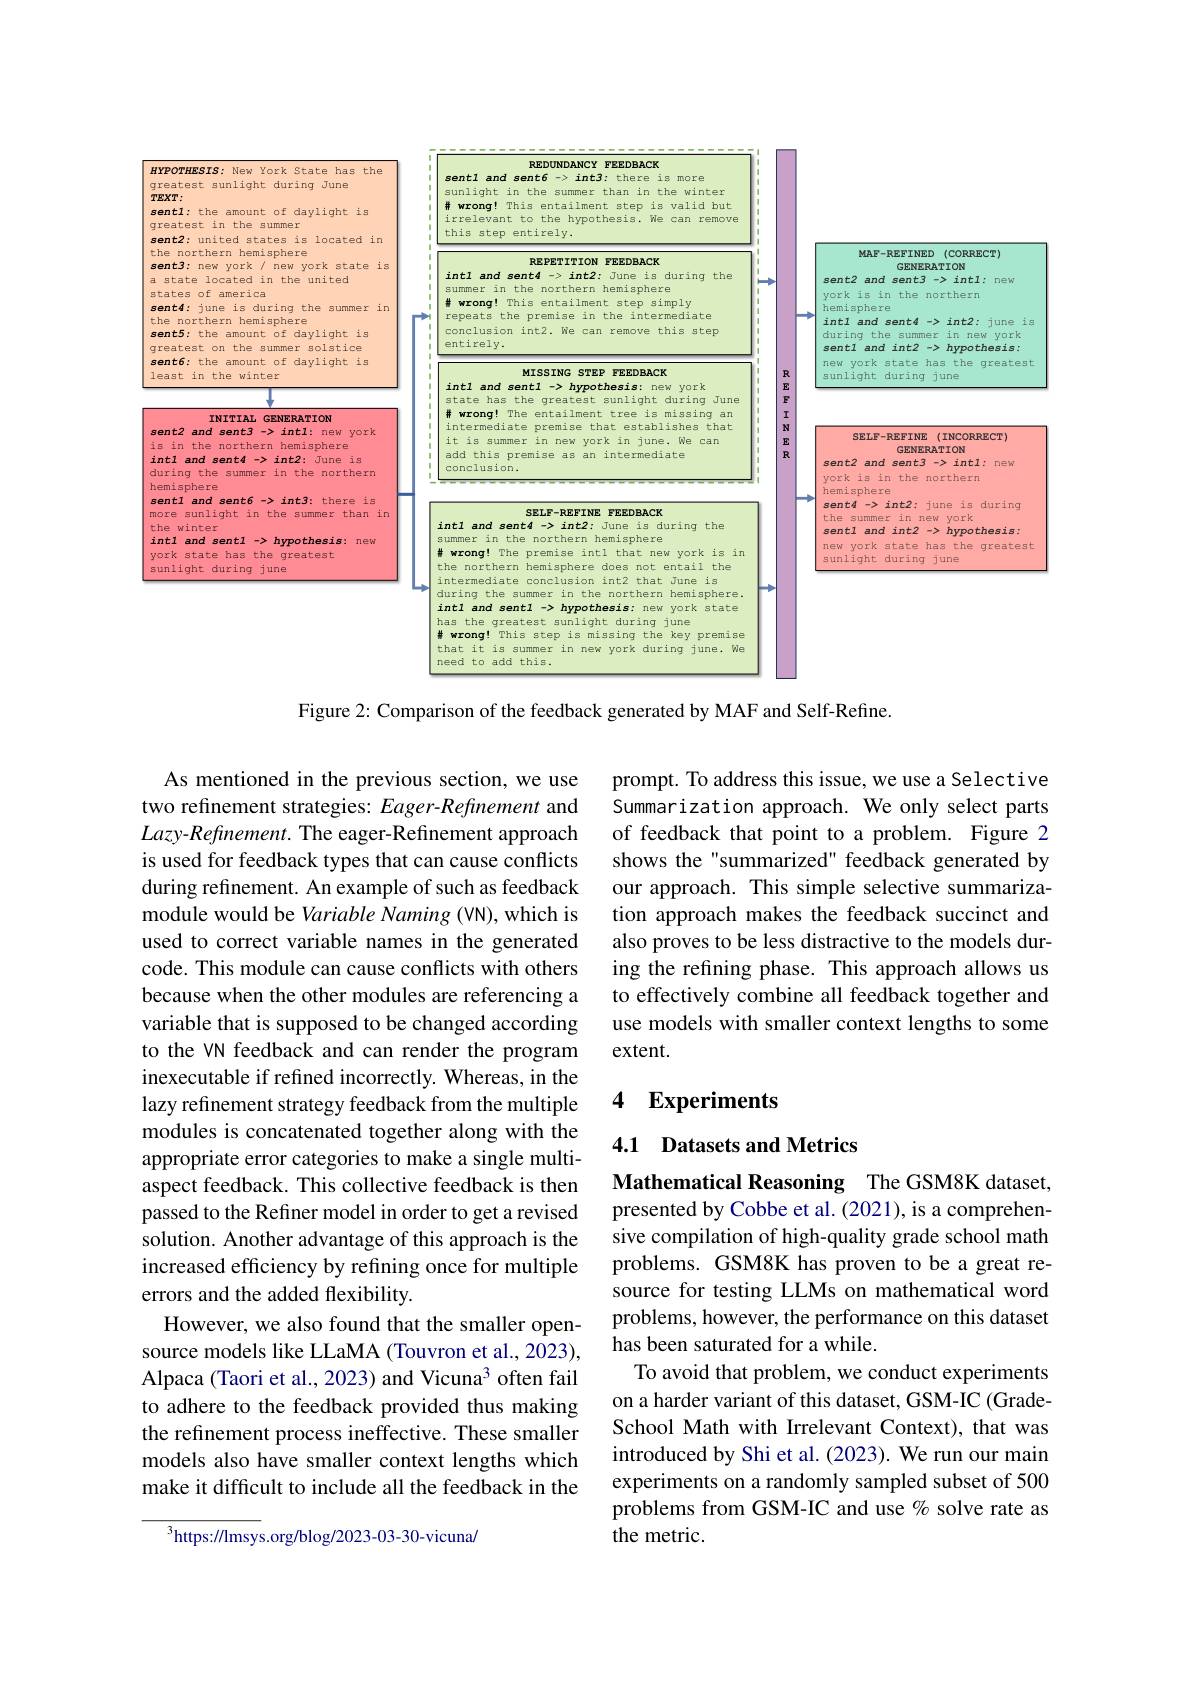
<FigureHere>

Figure 2: Comparison of the feedback generated by MAF and Self-Refine.

prompt. To address this issue, we use a Selective Summarization approach. We only select parts of feedback that point to a problem. Figure 2 shows the "summarized" feedback generated by our approach. This simple selective summarization approach makes the feedback succinct and also proves to be less distractive to the models during the refining phase. This approach allows us to effectively combine all feedback together and use models with smaller context lengths to some extent.

### 4 Experiments

As mentioned in the previous section, we use two refinement strategies: Eager-Refinement and Lazy-Refinement. The eager-Refinement approach is used for feedback types that can cause conflicts during refinement. An example of such as feedback module would be Variable Naming (VN), which is used to correct variable names in the generated code. This module can cause conflicts with others because when the other modules are referencing a variable that is supposed to be changed according to the VN feedback and can render the program inexecutable if refined incorrectly. Whereas, in the lazy refinement strategy feedback from the multiple modules is concatenated together along with the appropriate error categories to make a single multiaspect feedback. This collective feedback is then passed to the Refiner model in order to get a revised solution. Another advantage of this approach is the increased efficiency by refining once for multiple errors and the added flexibility
However, we also found that the smaller opensource models like LLaMA (Touvron et al., 2023), Alpaca (Taori et al., 2023) and Vicuna$^{3}$ often fail to adhere to the feedback provided thus making the refinement process ineffective. These smaller models also have smaller context lengths which make it difficult to include all the feedback in the

4.1 Datasets and Metrics

Mathematical Reasoning The GSM8K dataset,

presented by Cobbe et al. (2021), is a comprehensive compilation of high-quality grade school math problems. GSM8K has proven to be a great resource for testing LLMs on mathematical word problems, however, the performance on this dataset has been saturated for a while.
To avoid that problem, we conduct experiments on a harder variant of this dataset, GSM-IC (GradeSchool Math with Irrelevant Context), that was introduced by Shi et al. (2023). We run our main experiments on a randomly sampled subset of 500 problems from GSM-IC and use % solve rate as the metric.

$^{3}$https://lmsys.org/blog/2023-03-30-vicuna/